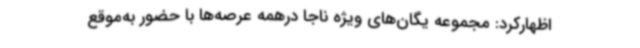
اظهارکرد: مجموعه یگان‌های ویژه ناجا درهمه عرصه‌ها با حضور به‌موقع